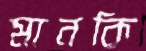
মানকি